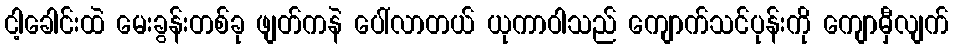
ငါ့ခေါင်းထဲ မေးခွန်းတစ်ခု ဖျတ်ကနဲ ပေါ်လာတယ် ယုကာဝါသည် ကျောက်သင်ပုန်းကို ကျောမှီလျက်